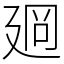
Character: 𢌡